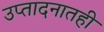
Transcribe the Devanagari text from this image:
उप्तादनातही